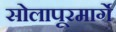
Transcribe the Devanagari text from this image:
सोलापूरमार्गे